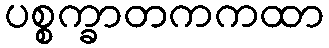
ပစ္စက္ခာတကကထာ